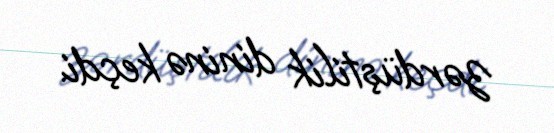
zərdüştilik dininə keçdi.